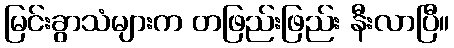
မြင်းခွာသံများက တဖြည်းဖြည်း နီးလာပြီ။